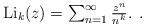
LaTeX: \begin{align*}\begin{array}{c}\operatorname{Li}_k(z) = \sum_{n=1}^\infty {z^n \over n^k}.\end{array}.\end{align*}